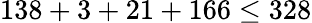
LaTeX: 138+3+21+166\leq 328